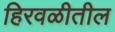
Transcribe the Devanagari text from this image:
हिरवळीतील